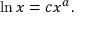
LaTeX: \ln x = c x ^ { a } .